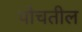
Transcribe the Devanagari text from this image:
पोचतील